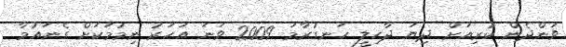
ވަންދެން ކުރިއަށް ދިޔަ ދާހިލީ ހަނގުރާމަ 2009 ވަނަ އަހަރު ނިމުމަކަށް ގެނައުމާ